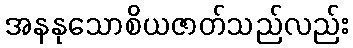
အနနုသောစိယဇာတ်သည်လည်း